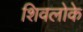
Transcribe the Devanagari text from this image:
शिवलोके